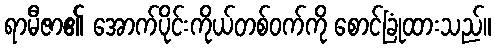
ရာမီဇာ၏ အောက်ပိုင်းကိုယ်တစ်ဝက်ကို စောင်ခြုံထားသည်။